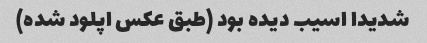
شدیدا اسیب دیده بود (طبق عکس اپلود شده)